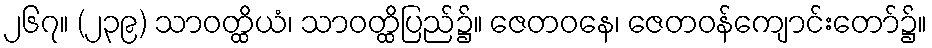
၂၆၇။ (၂၃၉) သာဝတ္ထိယံ၊ သာဝတ္ထိပြည်၌။ ဇေတဝနေ၊ ဇေတဝန်ကျောင်းတော်၌။